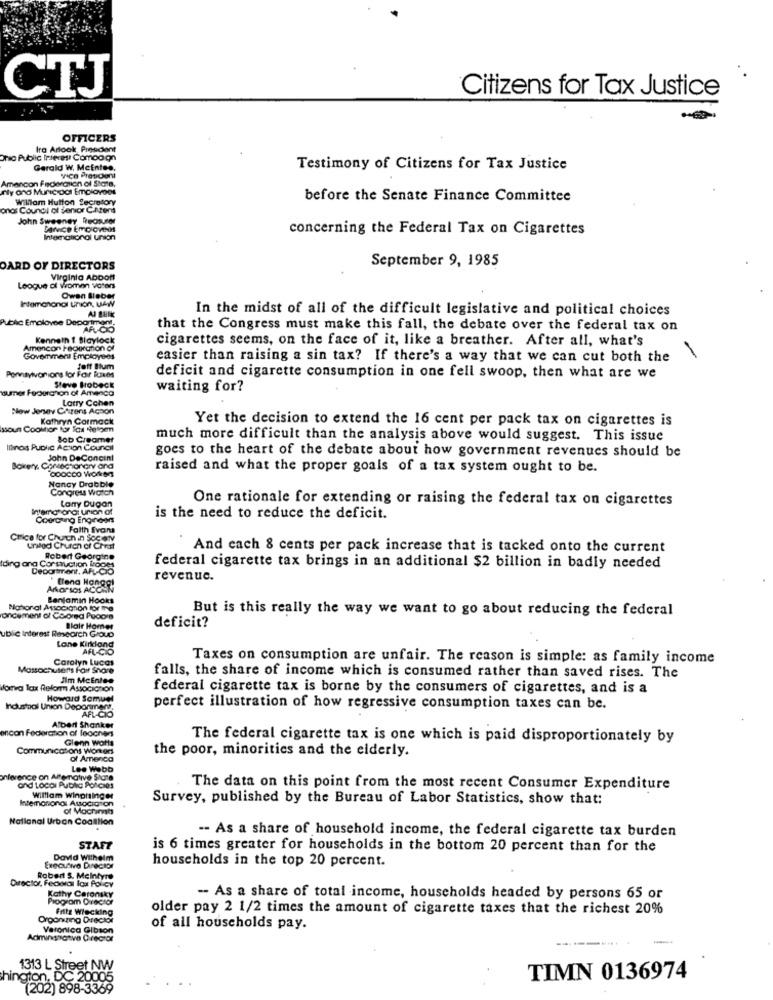
Citizens for Tax Justice
CTJ
OFFICERS
Ira Arlook Prescient
no Public Interest Comoo on
Gerald W. Mcintes,
Testimony of Citizens for Tax Justice
Amancon Federation of State,
VICO Preticon
ny and Muric ocas Employees
Willom Hutton Secretory
before the Senate Finance Committee
onas Coundl of Senior CiAters
John Sweeney Theosuser
Denvce Emolovens
concerning the Federal Tax on Cigarettes
International union
September 9, 1985
OARD OF DIRECTORS
Virginia AbDOMI
League of women voters
Intemanonal Union, uAw
Owen Bieber
In the midst of all of the difficult legislative and political choices
Abhic Emolovee Deportato
that the Congress must make this fall, the debate over the federal tax on
Kenneth 1 Blaylock
cigarettes seems, on the face of it, like a breather. After all, what's
Amencon Ieoucation of
Govemment Employees
easier than raising a sin tax? If there's a way that we can cut both the
Porvityivonions for For iumes
deficit and cigarette consumption in one fell swoop, then what are we
sumer Federation of Amenca
Steve Brobeck
waiting for?
Now Jenev Chiens Acson
Latry Cohen
Kathryn Cormack
Yet the decision to extend the 16 cent per pack tax on cigarettes is
ssoun Coolitor for Ios Netoen
Bob Creamer
much more difficult than the analysis above would suggest. This issue
Itnos Public Action Council
goes to the heart of the debate about how government revenues should be
John DeConcini
Bakery Commectionary ana
COOCCO Wolken
raised and what the proper goals of a tax system ought to be.
Nancy Drabble
Congress Watch
Lany Dugon
One rationale for extending or raising the federal tax on cigarettes
international union of
Coorgung Engineers
is the need to reduce the deficit.
Faith Evans
Chica for Church in Society
Unidad Church of Christ
And cach 8 cents per pack increase that is tacked onto the current
Robert Georgine
Iding ana Corsuction Brooes
Deoomtrent. AFL-CIO
federal cigarette tax brings in an additional $2 billion in badly needed
" fleng Hangel
revenue.
ArarIos ACON
Benjamin Hooks
Nohoral Assocignon for me
But is this really the way we want to go about reducing the federal
oncement of Co-ored Pudore
Blair Homer
deficit?
ubiC Interest Research Group
Lone Kirkland
AFL-CIO
Carolyn Lucas
Taxes on consumption are unfair. The reason is simple: as family income
Massachutens Fair Share
Jim McEntes
falls, the share of income which is consumed rather than saved rises. The
Morna Tax Reform Associanon
federal cigarette tax is borne by the consumers of cigarettes, and is a
Howard Samuel
Industal Union Depormers,
AFL-CIO
perfect illustration of how regressive consumption taxes can be.
con Federation of leochers
Albert Shanker
Glenn Worts
The federal cigarette tax is one which is paid disproportionately by
Communications Worker
the poor, minorities and the elderly.
of Amenca
Lee Webb
nference on Altemative State
and Local Public Policies
The data on this point from the most recent Consumer Expenditure
Intemononos Associa on
William Winphsinger
Survey, published by the Bureau of Labor Statistics, show that:
of Mocfinish
National Urban Coatllion
-- As a share of household income, the federal cigarette tax burden
STAFT
is 6 times greater for households in the bottom 20 percent than for the
David Wilhelm
households in the top 20 percent.
Executive Director
Director, Federal lox Policy
Robert S. Mcintyre
Kathy Caronsky
Program Director
- As a share of total income, households headed by persons 65 or
Frits Wiecking
older pay 2 1/2 times the amount of cigarette taxes that the richest 20%
Organiza Dreckx
Veronica Gibson
of all households pay.
Adminssatve Director
1313 L Street NW
ngion, DC 20005
TIMN 0136974
(202) 898-3369